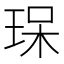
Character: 𤥯